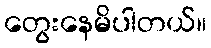
တွေးနေမိပါတယ်။